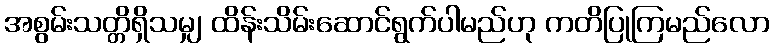
အစွမ်းသတ္တိရှိသမျှ ထိန်းသိမ်းဆောင်ရွက်ပါမည်ဟု ကတိပြုကြမည်လော